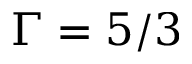
\Gamma = 5 / 3